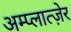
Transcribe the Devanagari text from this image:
अम्प्लात्ज़ेर